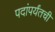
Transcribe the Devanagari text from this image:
पदांपर्यंतची